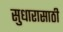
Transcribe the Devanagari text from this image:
सुधारासाठी